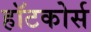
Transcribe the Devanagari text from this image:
हॉटकोर्स